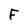
Character: F